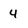
Character: 4